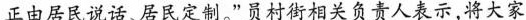
正由居民说话、居民定制。”员村街相关负责人表示,将大家